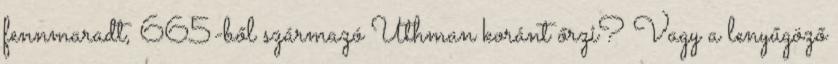
fennmaradt, 665-ből származó Uthman koránt őrzi? Vagy a lenyűgöző